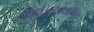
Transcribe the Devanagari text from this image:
विद्युतरसायनिक